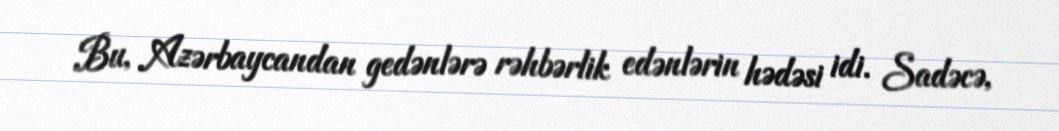
Bu, Azərbaycandan gedənlərə rəhbərlik edənlərin hədəsi idi. Sadəcə,